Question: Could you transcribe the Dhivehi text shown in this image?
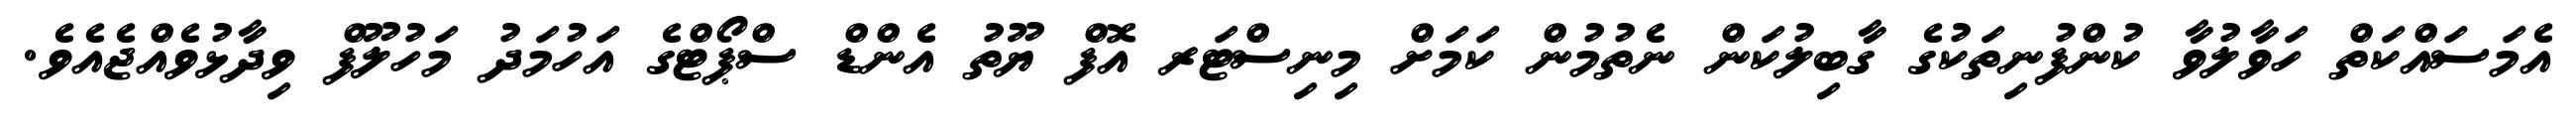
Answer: އެމަސައްކަތް ހަވާލުވާ ކުންފުނިތަކުގެ ގާބިލުކަން ނެތުމުން ކަމަށް މިނިސްޓަރ އޮފް ޔޫތު އެންޑް ސްޕޯޓްގެ އަހުމަދު މަހުލޫފް ވިދާޅުވެއްޖެއެވެ.